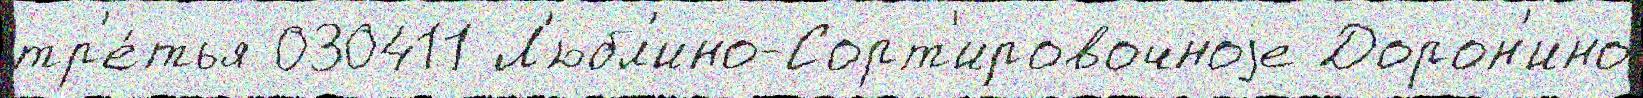
тр'е́тья 030411 Л'юбл'ино-Сорт'ировочноjе Дорон'ино